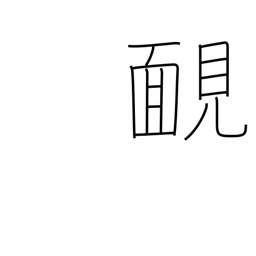
Meaning: unashamed